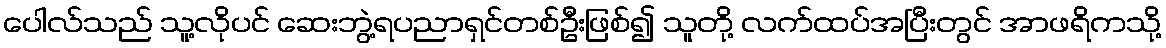
ပေါလ်သည် သူ့လိုပင် ဆေးဘွဲ့ရပညာရှင်တစ်ဦးဖြစ်၍ သူတို့ လက်ထပ်အပြီးတွင် အာဖရိကသို့